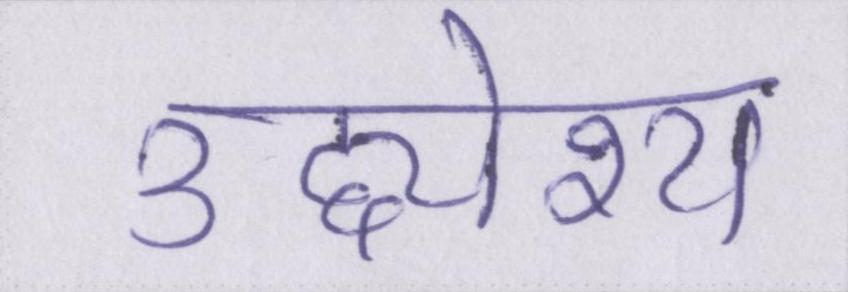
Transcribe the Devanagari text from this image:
उद्द्येश्य